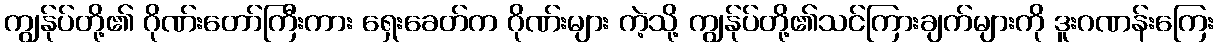
ကျွန်ုပ်တို့၏ ဂိုဏ်းတော်ကြီးကား ရှေးခေတ်က ဂိုဏ်းများ ကဲ့သို့ ကျွန်ုပ်တို့၏သင်ကြားချက်များကို ဒူးဂဏန်းကြေး